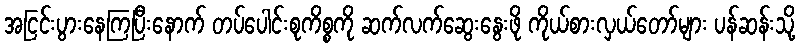
အငြင်းပွားနေကြပြီးနောက် တပ်ပေါင်းစုကိစ္စကို ဆက်လက်ဆွေးနွေးဖို ကိုယ်စားလှယ်တော်များ ပန်ဆန်းသို့